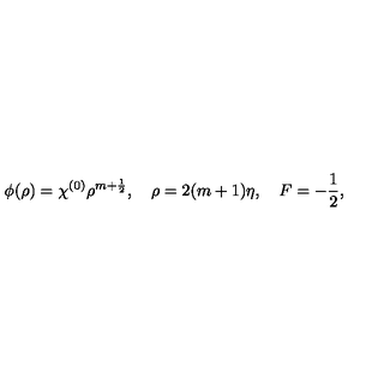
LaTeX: \phi ( \rho ) = \chi ^ { ( 0 ) } \rho ^ { m + \frac 1 2 } , \quad \rho = 2 ( m + 1 ) \eta , \quad F = - \frac 1 2 ,